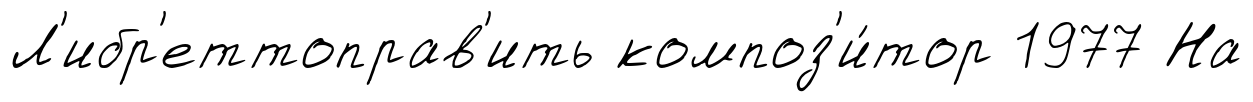
Л'ибр'еттоправ'ить композ'и́тор 1977 На